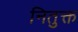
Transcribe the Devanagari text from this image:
नितुक्त